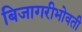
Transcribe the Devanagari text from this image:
बिजागरीभोवती